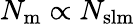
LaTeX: N_{\mathrm{{m}}}\propto N_{\mathrm{{slm}}}